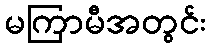
မကြာမီအတွင်း